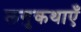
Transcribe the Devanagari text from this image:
लगुकथाएँ